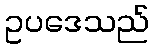
ဥပဒေသည်